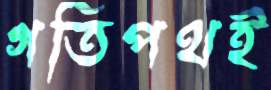
গতিপথই